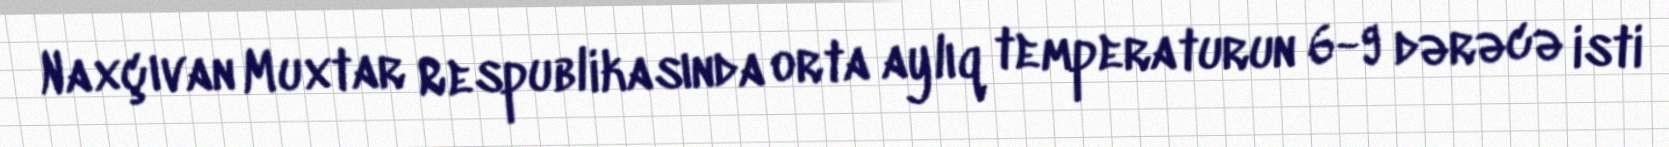
Naxçıvan Muxtar Respublikasında orta aylıq temperaturun 6-9 dərəcə isti